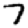
Digit: 7